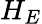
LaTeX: H_{E}